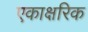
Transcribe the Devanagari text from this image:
एकाक्षरिक